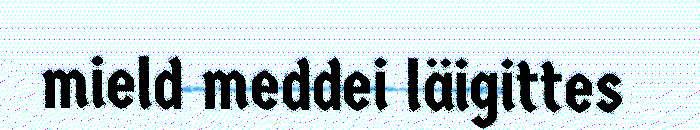
mield meddei läigittes